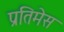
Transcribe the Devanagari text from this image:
प्रतिमेस